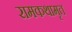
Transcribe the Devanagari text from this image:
रामकथामृत